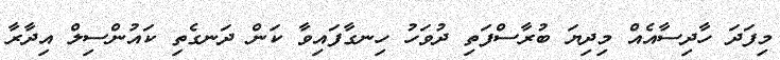
މިފަދަ ހާދިސާއެއް މިދިޔަ ބުރާސްފަތި ދުވަހު ހިނގާފައިވާ ކަން ދަނގެތި ކައުންސިލް އިދާރާ